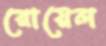
রোয়েল